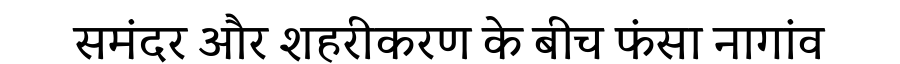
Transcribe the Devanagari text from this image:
समंदर और शहरीकरण के बीच फंसा नागांव